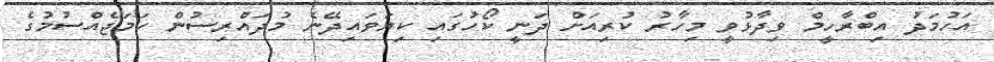
އަހުމަދު އިބްރާހީމް ވިދާޅުވީ މިހާރު ކުރިއަށް ދަނީ ކޯހުގައި ކިޔަވައިދޭނެ މުދައްރިސުން ހަމަޖެއްސުމުގެ